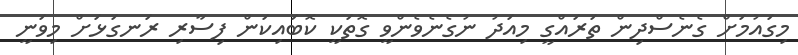
މިގައުމަށް ގެނެސްދިން ތަރައްގީ މިއަދު ނުގެނެވެންވީ ގޮތަކީ ކޮބައިކަން ފިސާރި ރަނގަޅަށް މިވަނީ